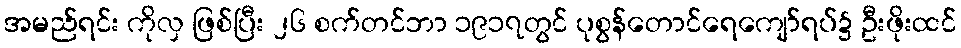
အမည်ရင်း ကိုလှ ဖြစ်ပြီး ၂၆ စက်တင်ဘာ ၁၉၁၇တွင် ပုစွန်တောင်ရေကျော်ရပ်၌ ဦးဖိုးထင်